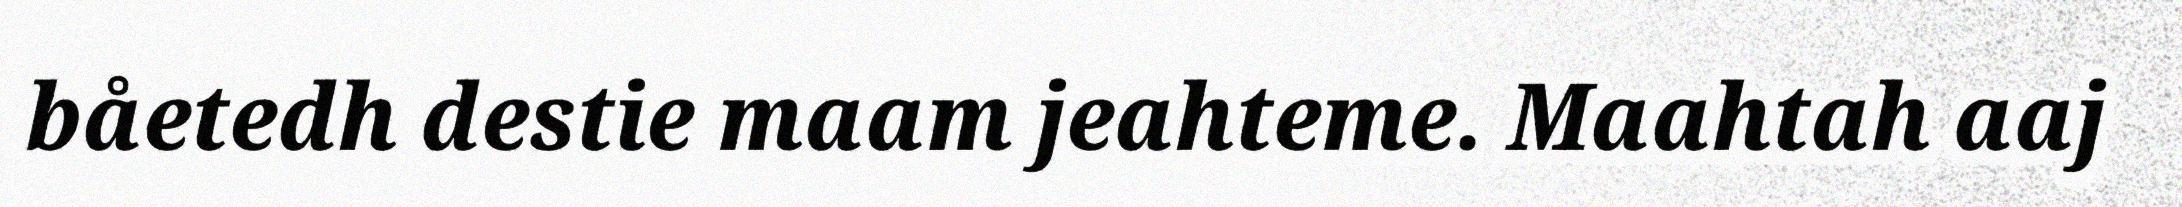
båetedh destie maam jeahteme. Maahtah aaj